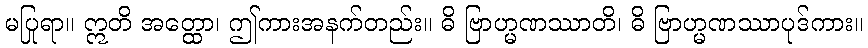
မပြုရာ။ ဣတိ အတ္ထော၊ ဤကားအနက်တည်း။ ဓိ ဗြာဟ္မဏဿာတိ၊ ဓိ ဗြာဟ္မဏဿာပုဒ်ကား။